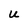
Character: U